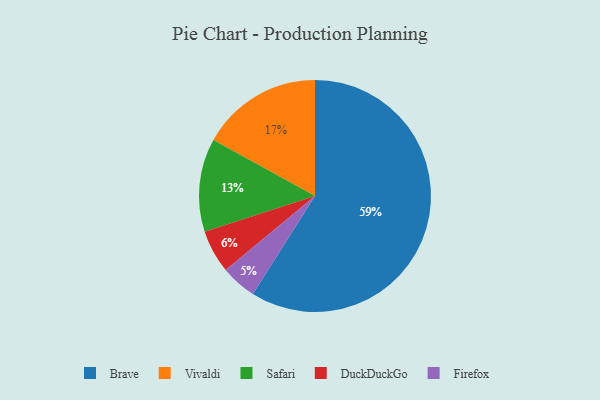
{"axis": {"x": "Category", "y": "Percentage"}, "legend": ["Brave", "DuckDuckGo", "Firefox", "Safari", "Vivaldi"], "data": [{"x": "Brave", "y": 59, "type": "Brave"}, {"x": "Safari", "y": 13, "type": "Safari"}, {"x": "Firefox", "y": 5, "type": "Firefox"}, {"x": "DuckDuckGo", "y": 6, "type": "DuckDuckGo"}, {"x": "Vivaldi", "y": 17, "type": "Vivaldi"}]}